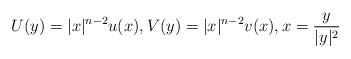
\begin{align*} U(y)=|x|^{n-2} u(x), V(y)=|x|^{n-2} v(x), x=\frac{y}{|y|^2} \end{align*}